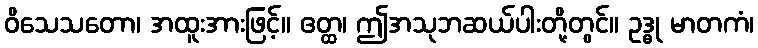
ဝိသေသတော၊ အထူးအားဖြင့်။ ဧတ္ထ၊ ဤအသုဘဆယ်ပါးတို့တွင်။ ဥဒ္ဓု မာတကံ၊